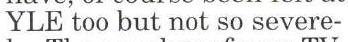
YLE too but not so severe-